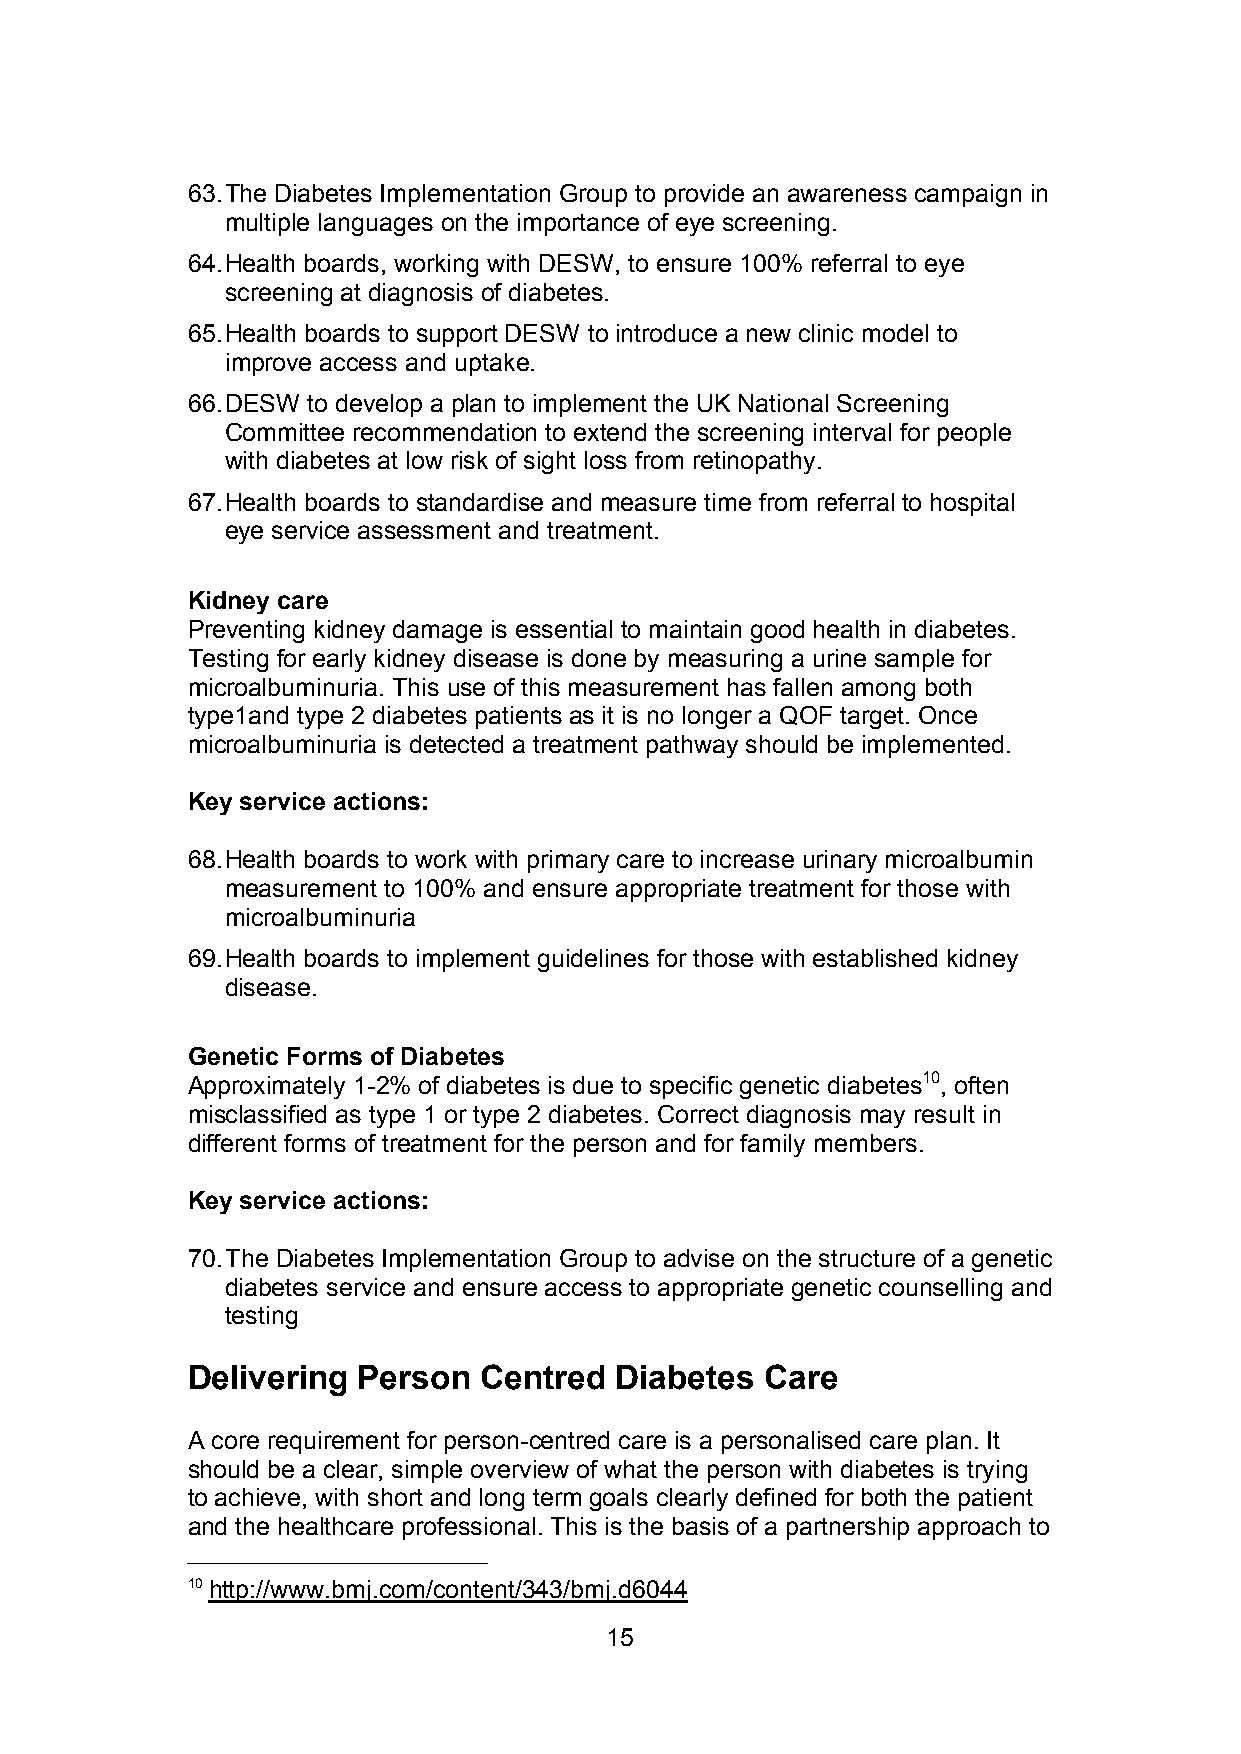
63.The Diabetes Implementation Group to provide an awareness campaign in
 multiple languages on the importance of eye screening.
 64.Health boards, working with DESW, to ensure 100% referral to eye
 screening at diagnosis of diabetes.
 65.Health boards to support DESW to introduce a new clinic model to
 improve access and uptake.
 66.DESW to develop a plan to implement the UK National Screening
 Committee recommendation to extend the screening interval for people
 with diabetes at low risk of sight loss from retinopathy.
 67.Health boards to standardise and measure time from referral to hospital
 eye service assessment and treatment.
 Kidney care
 Preventing kidney damage is essential to maintain good health in diabetes.
 Testing for early kidney disease is done by measuring a urine sample for
 microalbuminuria. This use of this measurement has fallen among both
 type1and type 2 diabetes patients as it is no longer a QOF target. Once
 microalbuminuria is detected a treatment pathway should be implemented.
 Key service actions:
 68.Health boards to work with primary care to increase urinary microalbumin
 measurement to 100% and ensure appropriate treatment for those with
 microalbuminuria
 69.Health boards to implement guidelines for those with established kidney
 disease.
 Genetic Forms of Diabetes
 Approximately 1-2% of diabetes is due to specific genetic diabetes10, often
 misclassified as type 1 or type 2 diabetes. Correct diagnosis may result in
 different forms of treatment for the person and for family members.
 Key service actions:
 70.The Diabetes Implementation Group to advise on the structure of a genetic
 diabetes service and ensure access to appropriate genetic counselling and
 testing
 Delivering  Person  Centred  Diabetes  Care
 A core requirement for person-centred care is a personalised care plan. It
 should be a clear, simple overview of what the person with diabetes is trying
 to achieve, with short and long termgoals clearly defined for both the patient
 and the healthcare professional. This is the basis of a partnership approach to
 10http://www.bmj.com/content/343/bmj.d6044
 15